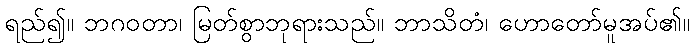
ရည်၍။ ဘဂဝတာ၊ မြတ်စွာဘုရားသည်။ ဘာသိတံ၊ ဟောတော်မူအပ်၏။